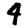
Digit: 9